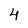
Character: 4